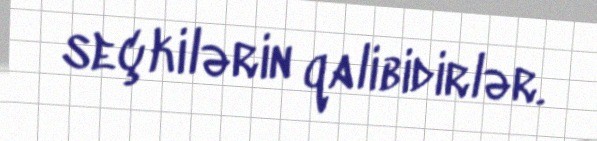
seçkilərin qalibidirlər.